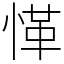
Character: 愅